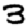
Digit: 3